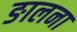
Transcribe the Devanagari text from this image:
ङालना